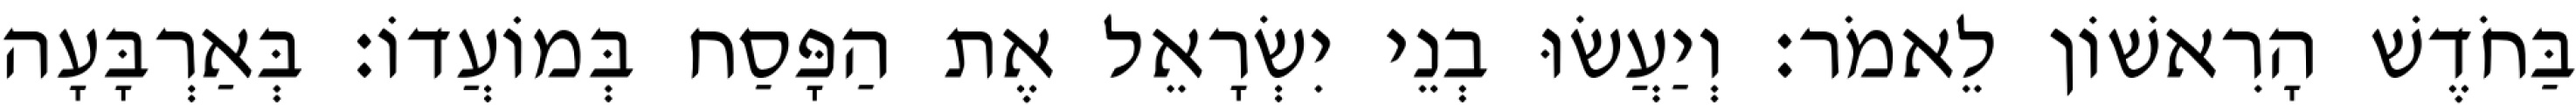
בַּחֹדֶשׁ הָרִאשׁוֹן לֵאמֹר׃ וְיַעֲשׂוּ בְנֵי יִשְׂרָאֵל אֶת הַפָּסַח בְּמוֹעֲדוֹ׃ בְּאַרְבָּעָה